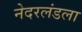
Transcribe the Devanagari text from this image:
नेदरलंडला